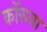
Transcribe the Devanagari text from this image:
कॉरुना